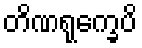
တိဏရုက္ခေပိ